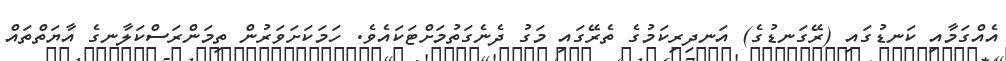
އެއްގަމާއި ކަނޑުގައި (ރޭގަނޑުގެ) އަނދިރިކަމުގެ ތެރޭގައި މަގު ދެނެގަތުމަށްޓަކައެވެ. ހަމަކަށަވަރުން ތިމަންރަސްކަލާނގެ އާޔަތްތައް